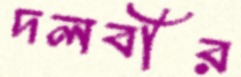
দলবীর